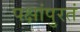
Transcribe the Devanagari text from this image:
पक्षांपुरतं